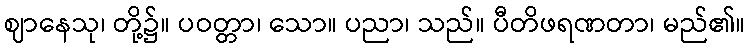
ဈာနေသု၊ တို့၌။ ပဝတ္တာ၊ သော။ ပညာ၊ သည်။ ပီတိဖရဏတာ၊ မည်၏။